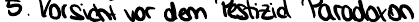
5. Vorsicht vor dem Pestizid Paradoxon